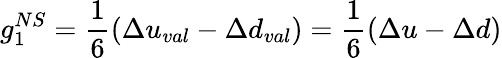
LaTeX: g_{1}^{NS}=\frac 16(\Delta u_{val}-\Delta d_{val})=\frac 16(\Delta u-\Delta d)